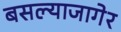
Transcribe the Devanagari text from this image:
बसल्याजागेर